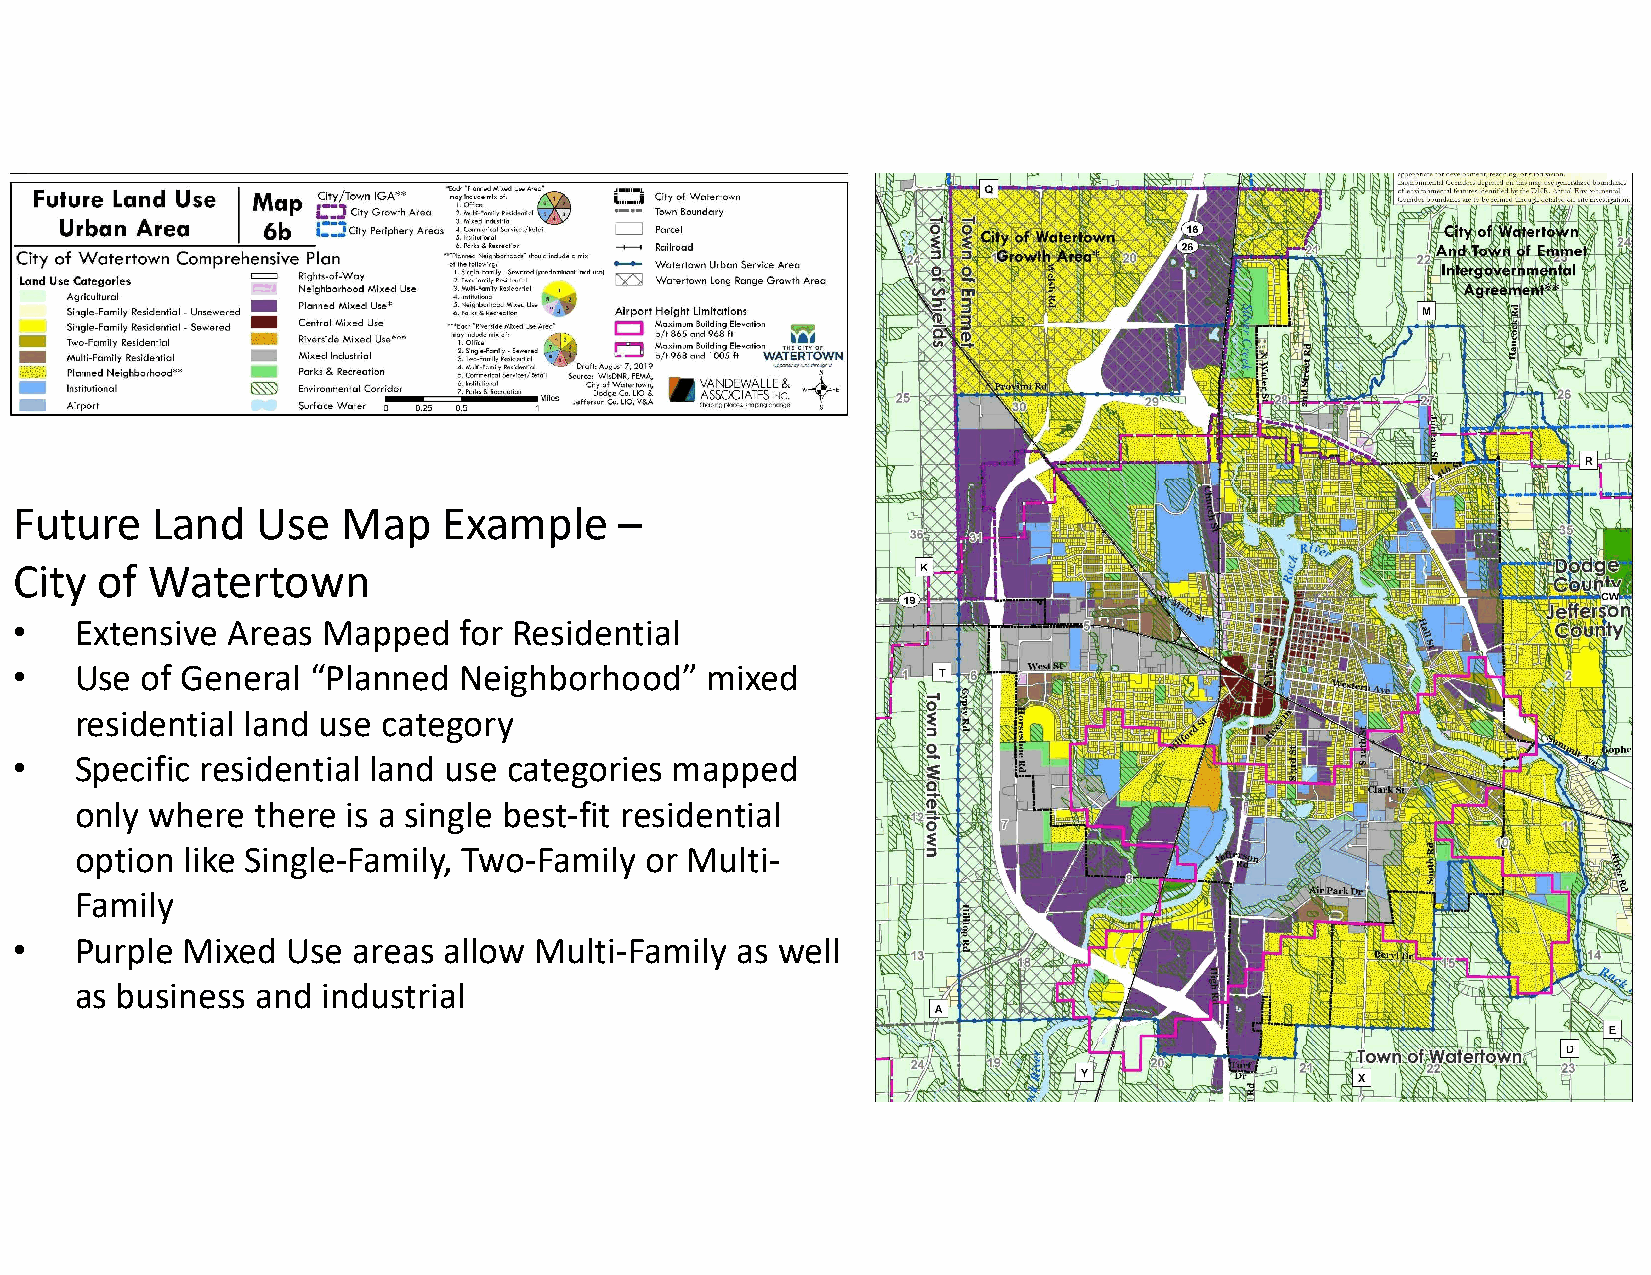
Future   Land   Use   Map   Example     –
 City of  Watertown
 •   Extensive Areas Mapped   for Residential
 •   Use of General  “Planned Neighborhood”    mixed
 residential land use category
 •   Specific residential land use categories mapped
 only where  there is a single best-fit residential
 option like Single-Family, Two-Family or Multi-
 Family
 •   Purple Mixed  Use areas allow Multi-Family  as well
 as business and industrial